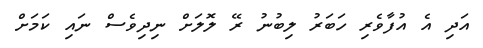
އަދި އެ އުފާވެރި ހަބަރު ލިބުނު ރޭ ލޮލަށް ނިދިވެސް ނައި ކަމަށް